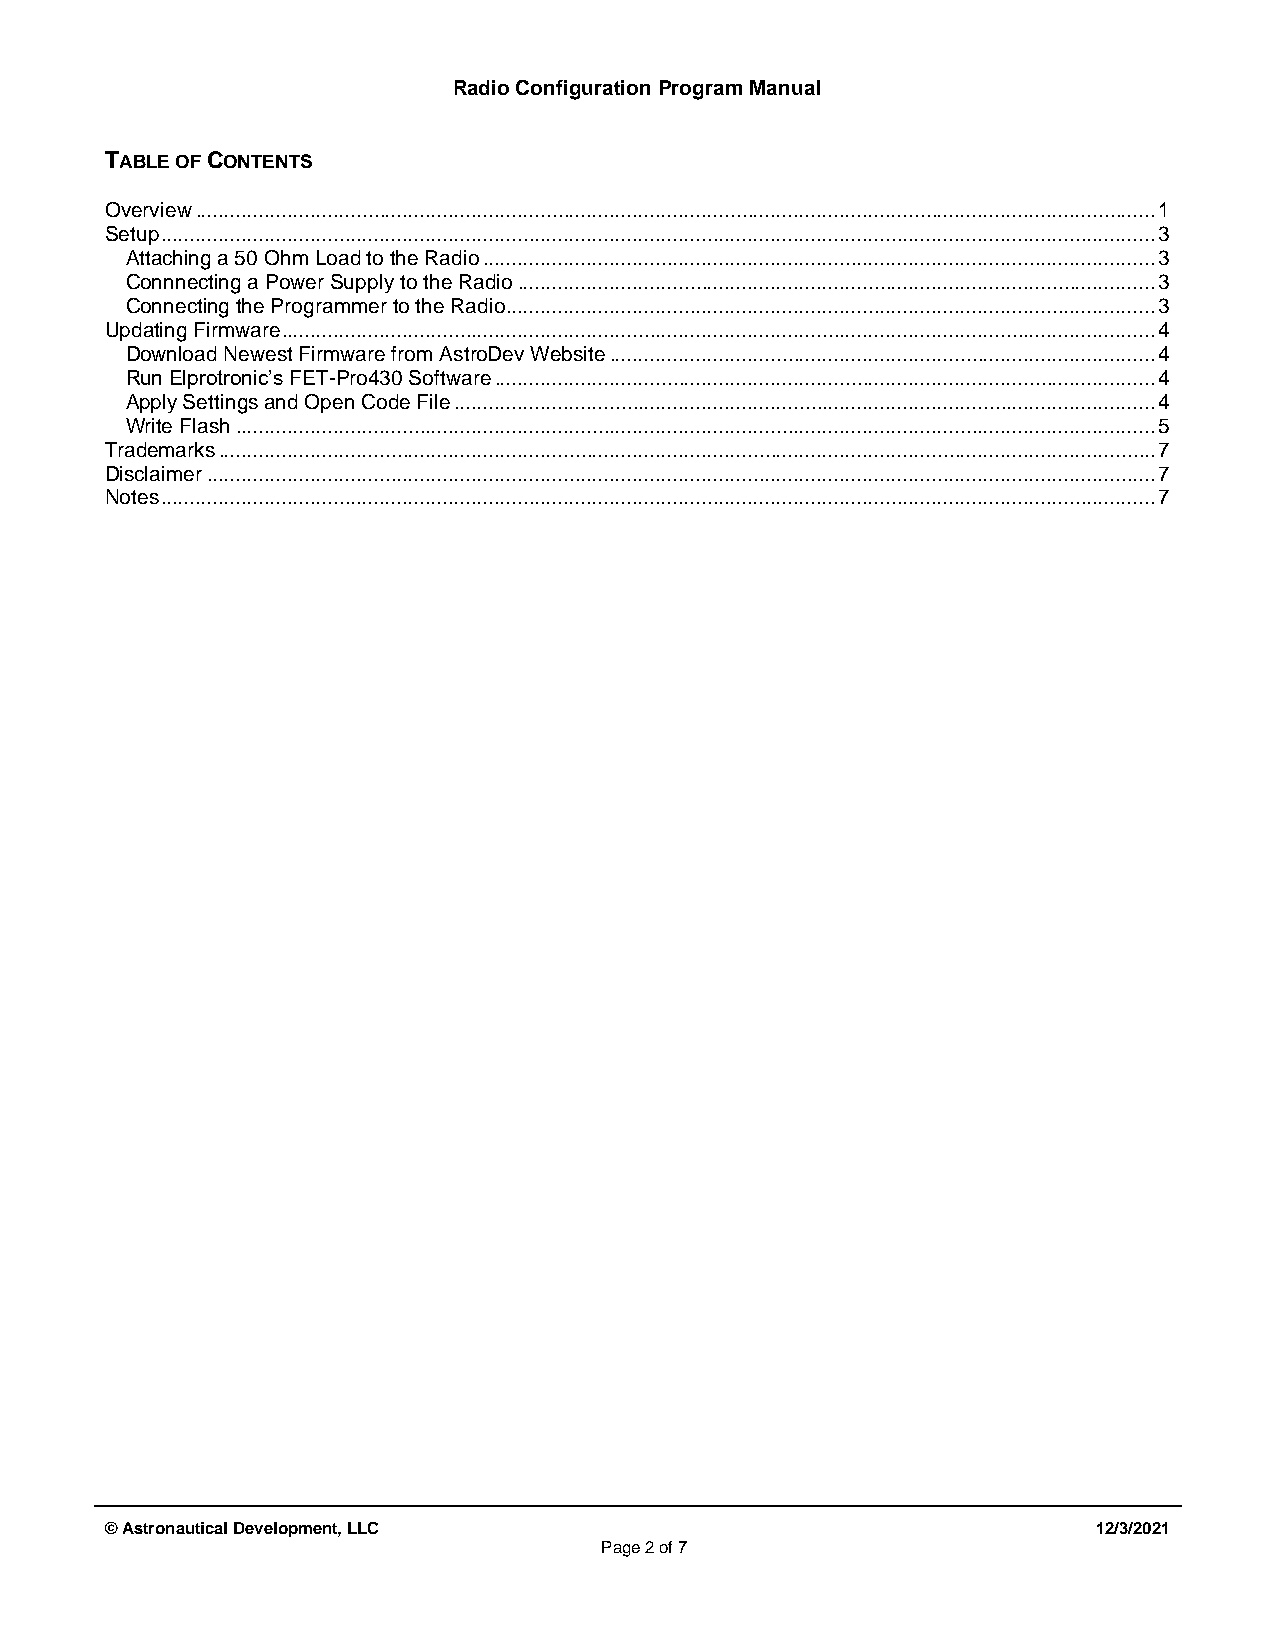
Radio Configuration Program Manual
 TABLE OF CONTENTS
 Overview ....................................................................................................................................................................... 1
 Setup ............................................................................................................................................................................. 3
 Attaching a 50 Ohm Load to the Radio ..................................................................................................................... 3
 Connnecting a Power Supply to the Radio ............................................................................................................... 3
 Connecting the Programmer to the Radio ................................................................................................................. 3
 Updating Firmware ........................................................................................................................................................ 4
 Download Newest Firmware from AstroDev Website ............................................................................................... 4
 Run Elprotronic’s FET-Pro430 Software ................................................................................................................... 4
 Apply Settings and Open Code File .......................................................................................................................... 4
 Write Flash ................................................................................................................................................................ 5
 Trademarks ................................................................................................................................................................... 7
 Disclaimer ..................................................................................................................................................................... 7
 Notes ............................................................................................................................................................................. 7
 © Astronautical Development, LLC                                  12/3/2021
 Page 2 of 7